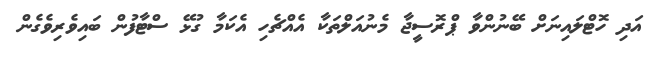
އަދި ހޮޓްލައިނަށް ބޭނުންވާ ޕްރޮސީޖާ މެނުއަލްތަކާ އެއްޗެހި އެކަމާ ގުޅޭ ސްޓާފުން ބައިވެރިވެގެން